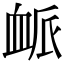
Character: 衇